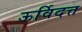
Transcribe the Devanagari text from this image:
ऊर्विदत्त